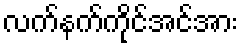
လက်နက်ကိုင်အင်အား